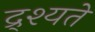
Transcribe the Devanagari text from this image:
द्र्श्यते